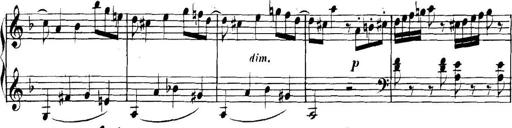
Title: Collected Piano Sonatas
Composer: Muzio Clementi